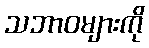
သဘာဝများကို